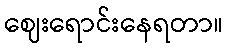
ဈေးရောင်းနေရတာ။